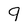
Character: 9